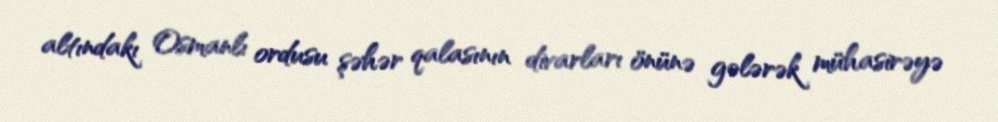
altındakı Osmanlı ordusu şəhər qalasının divarları önünə gələrək mühasirəyə